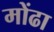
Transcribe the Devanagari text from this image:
मोंढा